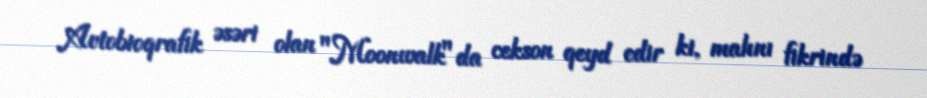
Avtobioqrafik əsəri olan "Moonwalk"da cekson qeyd edir ki, mahnı fikrində